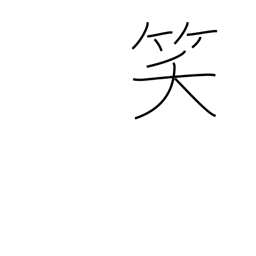
Meaning: laugh